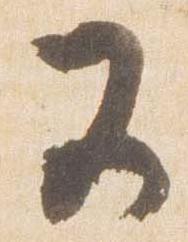
又